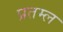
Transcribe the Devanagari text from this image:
प्रतम्ल